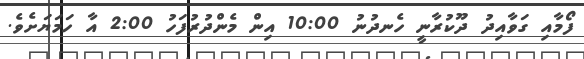
ފޯމާއި ގަވާއިދު ދޫކުރާނީ ހެނދުނު 10:00 އިން މެންދުރުފަހު 2:00 އާ ހަމަޔަށެވެ.